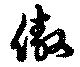
傲